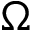
\Omega